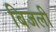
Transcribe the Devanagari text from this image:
बिजली